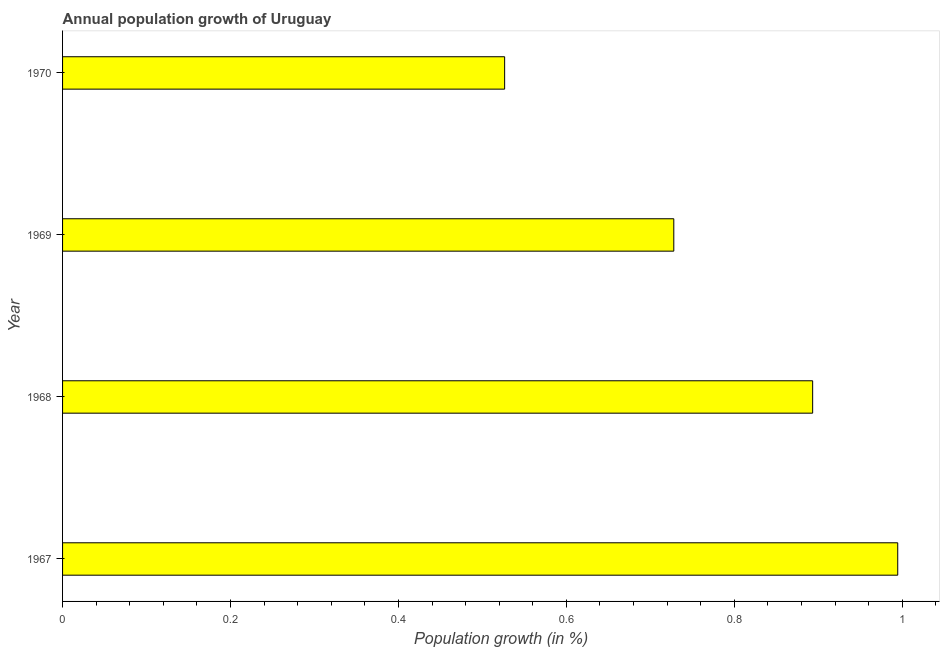
| Year | Population growth |
 | --- | --- |
 | 1967 | 0.995 |
 | 1968 | 0.893 |
 | 1969 | 0.728 |
 | 1970 | 0.527 |